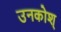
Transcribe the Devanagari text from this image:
उनकोश्